Leningradi_Edasi_toimetus, lk 215
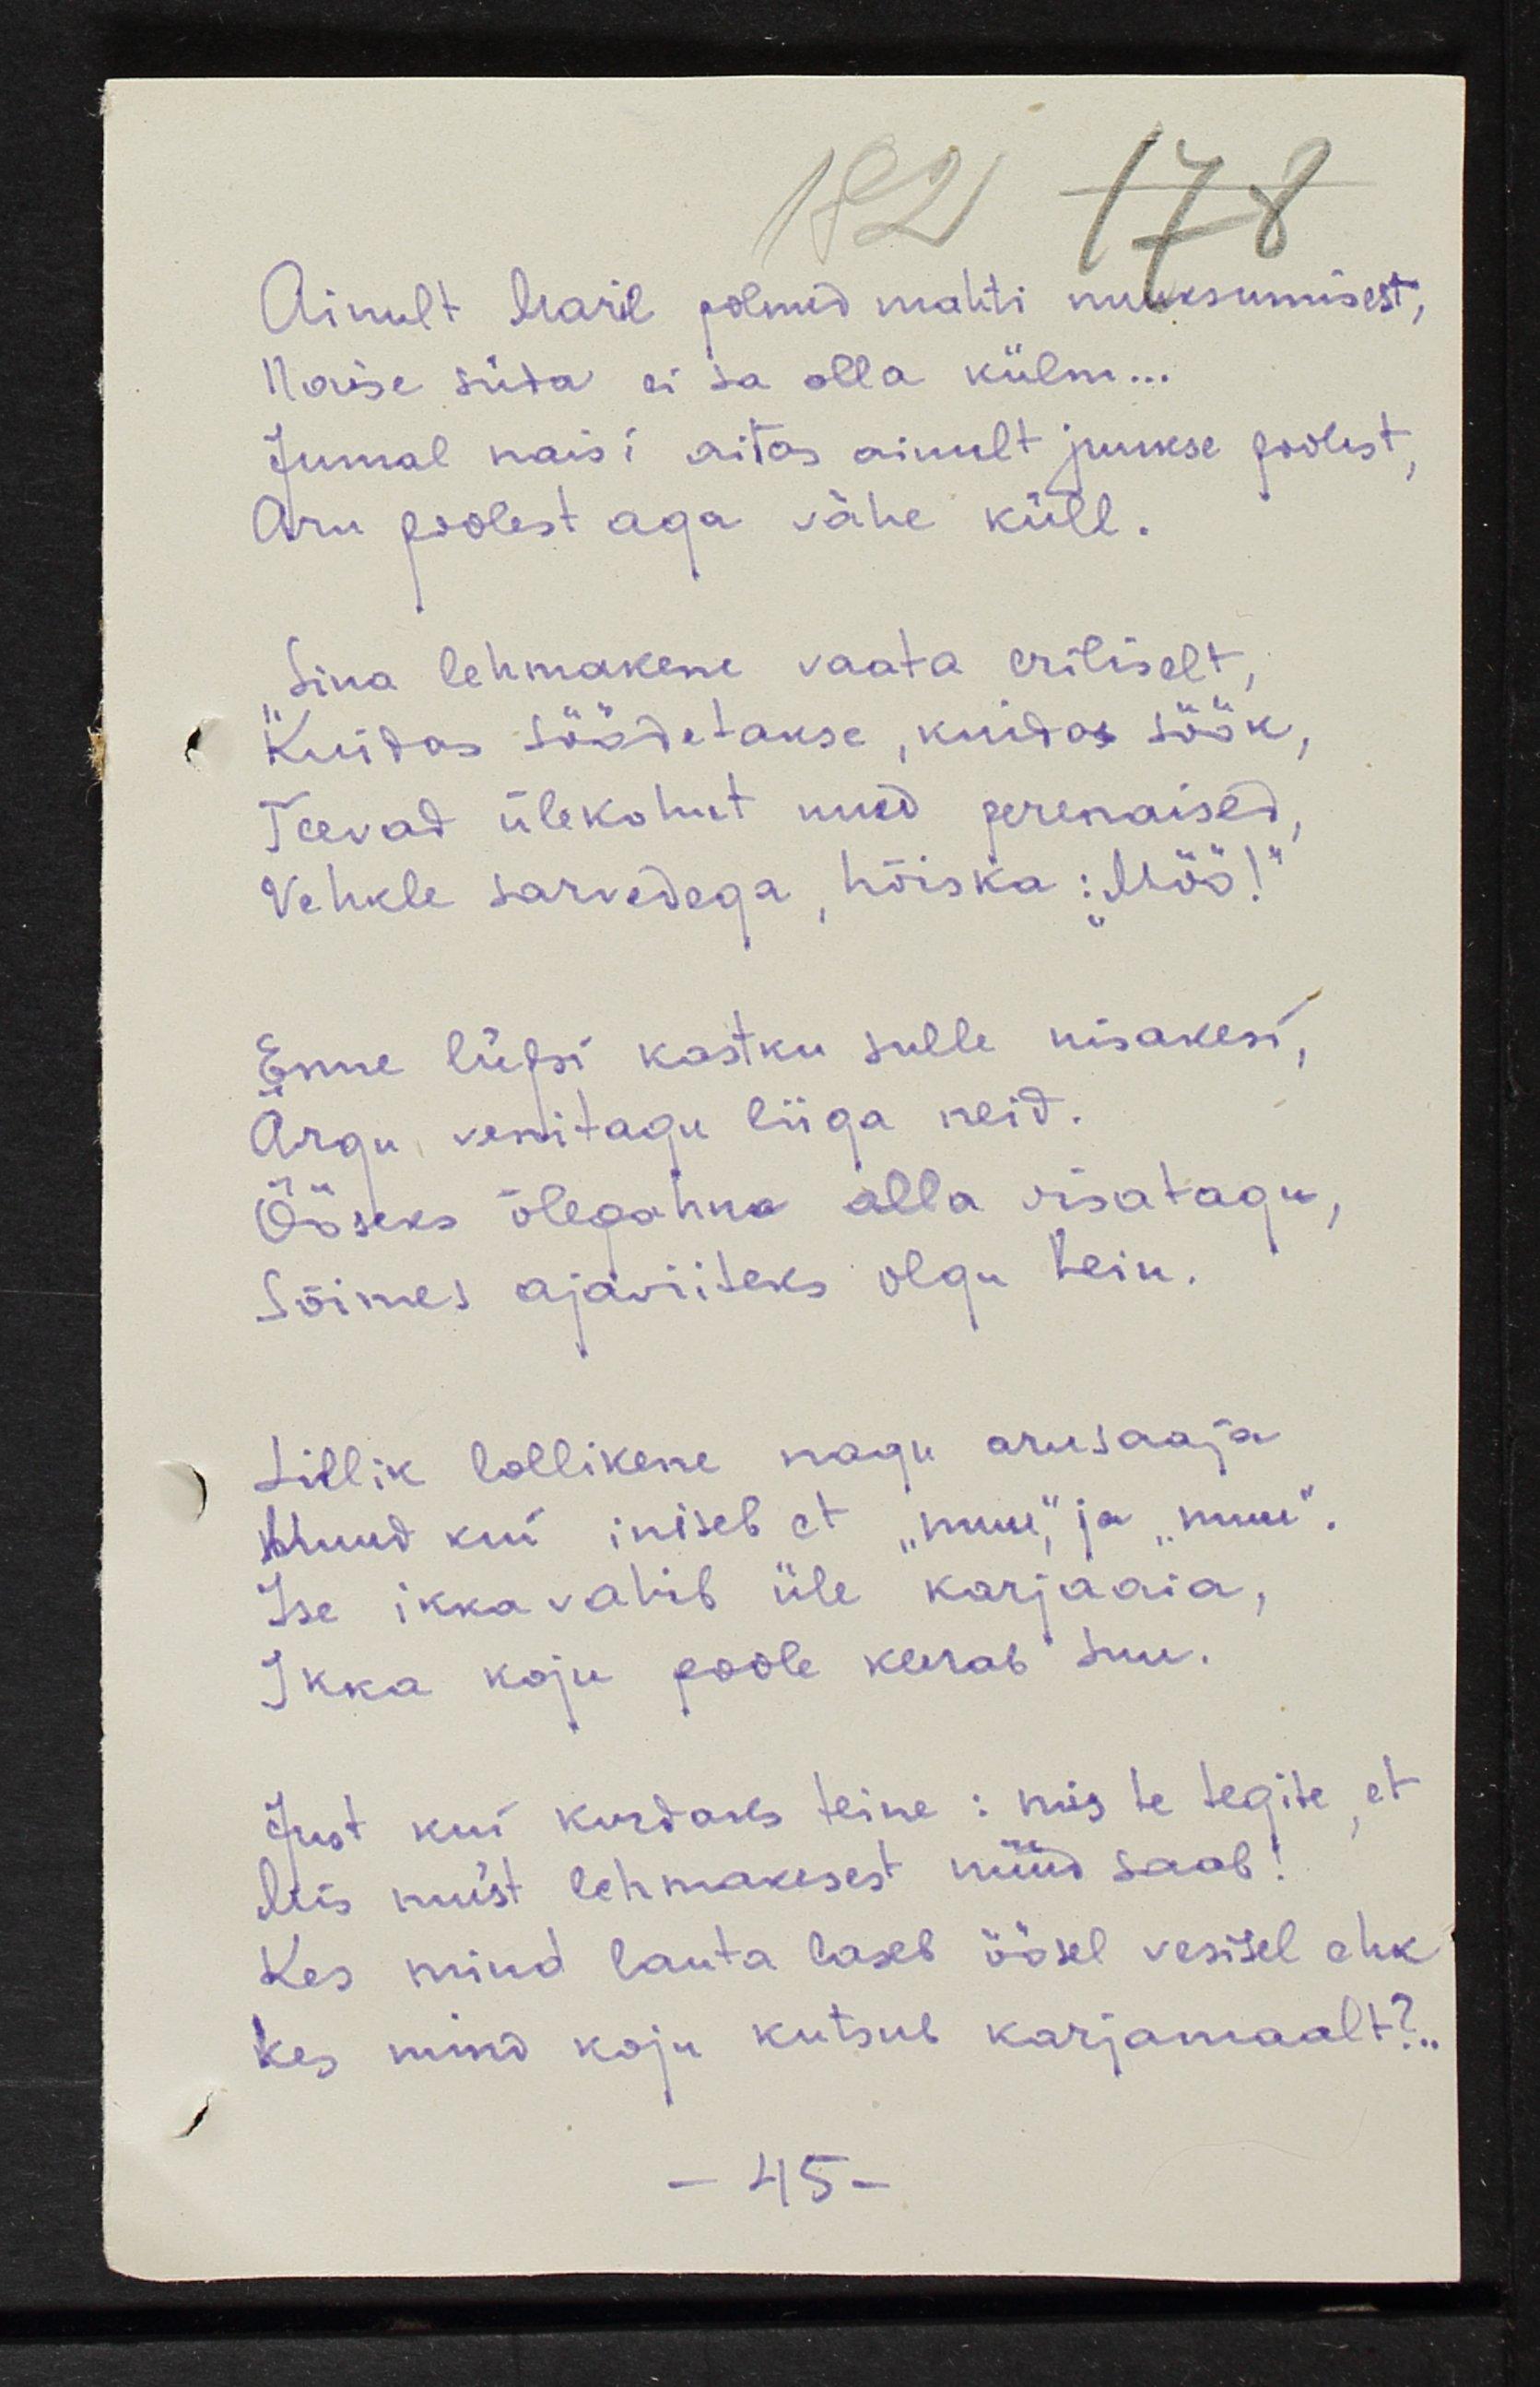
Ainult Maril polnud mahti nuuksumisest,
Naise süda ei sa olla külm...
Jumal naisi aitas ainult juukse poolest,
Aru poolest aga vähe küll.
"Sina lehmakene vaata eriliselt,
Kuidas söödetakse, kuidas söök, 
Teevad ülekohut need perenaised, 
Vehkle sarvedega, hõiska: "Möö!"
Emme lüpsi kastku sulle nisakesi,
Ärgu, venitagu liiga neid.
Ööseks õlepahna alla visatagu,
Sõimes ajaviiteks olgu hein.
Lillik lollikene nagu arusaaja
Muud kui iniseb et "muu," ja "muu".
Ise ikka vahib üle karjaaia,
Ikka koju poole kerab suu
Just kui kurdaks teine: mis te tegite, et
Mis mu'st lehmakesest nüüd saab!
Kes mind lauta laseb öösell vesisel ehk
Kes mind koju kutsub karjamaalt?..